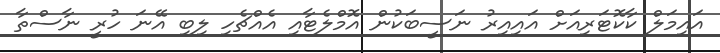
އައިމަލް ކާކޮޓަރިއަށް އައިއިރު ނަސީބަކުން އޮމްލެޓާއި އެއްޗެހި ލިބި އޭނަ ހުރީ ނާސްތާ